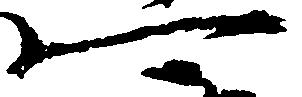
可